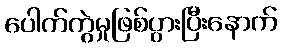
ပေါက်ကွဲမှုဖြစ်ပွားပြီးနောက်